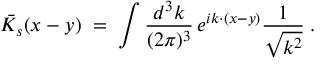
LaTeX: { \bar { K } } _ { s } ( x - y ) \; = \; \int \frac { d ^ { 3 } k } { ( 2 \pi ) ^ { 3 } } \, e ^ { i k \cdot ( x - y ) } \frac { 1 } { \sqrt { k ^ { 2 } } } \; .